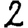
Digit: 2